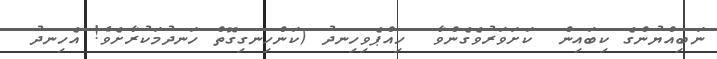
ނަބިއްޔުންގެ ކިބައިން  ކަށަވަރުވެގެންވާ  ހިއްޕެވިހިނދު (ކަންހިނގިގޮތް ހަނދުމަކުރާށެވެ! އެހިނދު